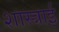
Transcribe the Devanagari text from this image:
शास्त्राई